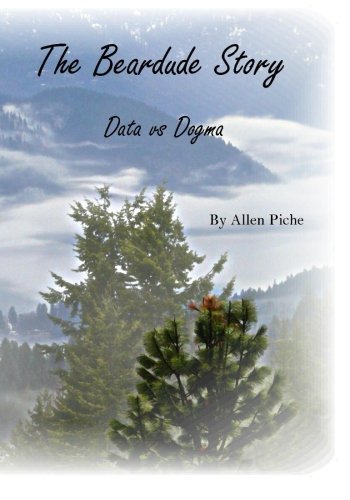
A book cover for The Beardude Story: Data vs Dogma; Mr Allen W. Piche; Science & Math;